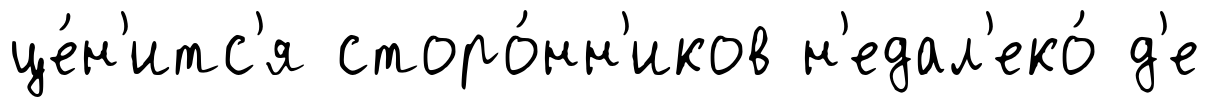
це́н'итс'я сторо́нн'иков н'едал'еко́ д'е